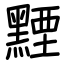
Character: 黫